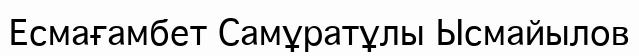
Есмағамбет Самұратұлы Ысмайылов‎